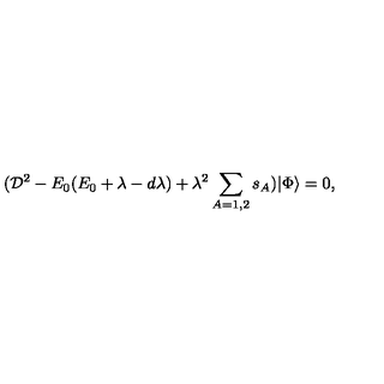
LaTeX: ( { \cal D } ^ { 2 } - E _ { 0 } ( E _ { 0 } + \lambda - d \lambda ) + \lambda ^ { 2 } \sum _ { A = 1 , 2 } s _ { A } ) | \Phi \rangle = 0 ,